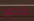
قاطع